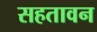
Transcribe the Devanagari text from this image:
सहतावन